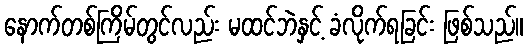
နောက်တစ်ကြိမ်တွင်လည်း မထင်ဘဲနှင့် ခံလိုက်ရခြင်း ဖြစ်သည်။